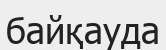
байқауда